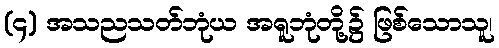
(၄) အသညသတ်ဘုံယ အရူဘုံတို့၌ ဖြစ်သောသူ၊